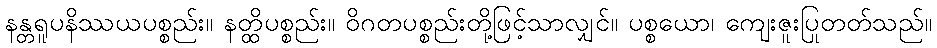
နန္တရူပနိဿယပစ္စည်း။ နတ္ထိပစ္စည်း။ ဝိဂတပစ္စည်းတို့ဖြင့်သာလျှင်။ ပစ္စယော၊ ကျေးဇူးပြုတတ်သည်။